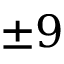
\pm 9